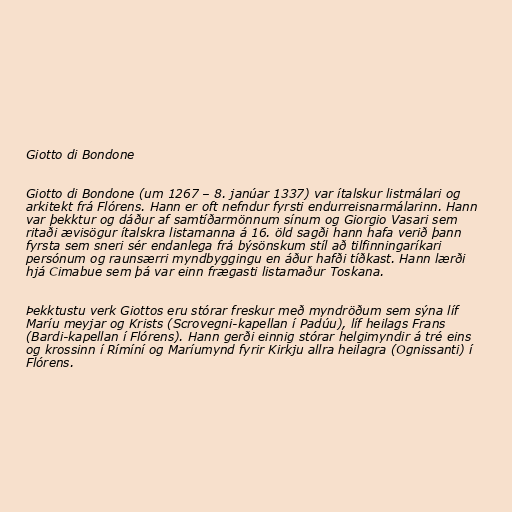
Giotto di Bondone

Giotto di Bondone (um 1267 – 8. janúar 1337) var ítalskur listmálari og
arkitekt frá Flórens. Hann er oft nefndur fyrsti endurreisnarmálarinn. Hann
var þekktur og dáður af samtíðarmönnum sínum og Giorgio Vasari sem
ritaði ævisögur ítalskra listamanna á 16. öld sagði hann hafa verið þann
fyrsta sem sneri sér endanlega frá býsönskum stíl að tilfinningaríkari
persónum og raunsærri myndbyggingu en áður hafði tíðkast. Hann lærði
hjá Cimabue sem þá var einn frægasti listamaður Toskana.

Þekktustu verk Giottos eru stórar freskur með myndröðum sem sýna líf
Maríu meyjar og Krists (Scrovegni-kapellan í Padúu), líf heilags Frans
(Bardi-kapellan í Flórens). Hann gerði einnig stórar helgimyndir á tré eins
og krossinn í Rímíní og Maríumynd fyrir Kirkju allra heilagra (Ognissanti) í
Flórens.